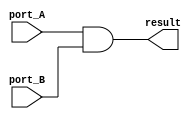
module and_oper #(parameter DATA_WIDTH = 8)(
	//input
	input [(DATA_WIDTH-1) : 0] port_A,
	input [(DATA_WIDTH-1) : 0] port_B,
	//output
	output [(DATA_WIDTH-1) : 0] result
);

assign result = port_A & port_B;

endmodule